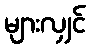
များလျှင်